Report on horse surra - Volume I
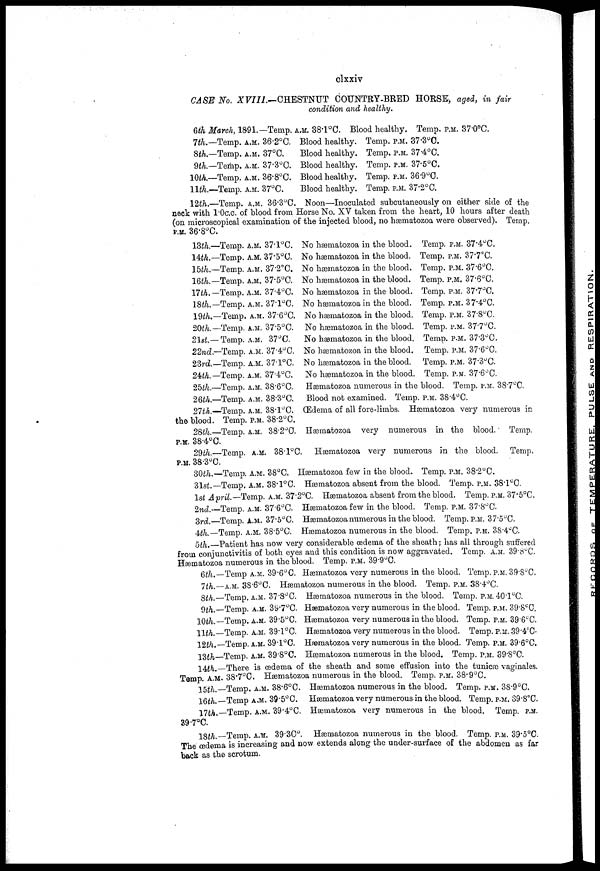
clxxiv
CASE No. XVIII.—CHESTNUT COUNTRY-BRED HORSE, aged, in fair
condition and healthy.
6th March, 1891.— Temp. A.M. 38.1°C. Blood healthy. Temp. P.M. 37.0°C.
7th.—Temp. A.M. 36.2°C. Blood healthy. Temp. P.M. 37.3°C.
8th.—Temp. A.M. 37°C.
Blood healthy. Temp. P.M. 37.4°C.
9th.—Temp. A.M. 37.3°C. Blood healthy. Temp. P.M. 37.5°C.
10th.—Temp. A.M. 36.8°C. Blood healthy. Temp. P.M. 36.9°C.
11th.—Temp. A.M. 37°C.
Blood healthy. Temp. P.M. 37.2°C.
12th.—Temp. A.M. 36.3°C. Noon—Inoculated subcutaneously on either side of the
neck with 1.0c.c. of blood from Horse No. XV taken from the heart, 10 hours after death
(on microscopical examination of the injected blood, no hæmatozoa were observed). Temp.
p.m. 36.8°C.
13th.—Temp. A.M. 37.1°C. No hæmatozoa in the blood. Temp. P.M. 37.4°C.
14th.—Temp. A.M. 37.5°C. No hæmatozoa in the blood. Temp. P.M. 37.7°C.
15th.—Temp. A.M. 37.2°C. No hæmatozoa in the blood. Temp. P.M. 37.6°C.
16th.— Temp. A.M. 37.5°C. No hæmatozoa in the blood. Temp. P.M. 37.6°C.
17th.— Temp. A.M. 37.4°C. No hæmatozoa in the blood. Temp. P.M. 37.7°C.
18th.— Temp. A.M. 37.1°C. No hæmatozoa in the blood. Temp. P.M. 37.4°C.
19th.—Temp. A.M. 37.6°C. No hæmatozoa in the blood. Temp. P.M. 37.8°C.
20th.— Temp. A.M. 37.5°C. No hæmatozoa in the blood. Temp. P.M. 37.7°C.
21st— Temp. A.M. 37°C. No hæmatozoa in the blood. Temp. P.M. 37.3°C.
22nd.—Temp. A.M. 37.4°C. No hæmatozoa in the blood. Temp. P.M. 37.6°C.
23rd—-Temp. A.M. 37.1°C. No hæmatozoa in the blood. Temp. P.M. 37.3°C.
2th.— Temp. A.M. 37.4°C. No hæmatozoa in the blood. Temp. P.M. 37.6°C.
25th.—Temp. A.M. 38.6°C. Hæmatozoa numerous in the blood. Temp. P.M. 38.7°C.
26th.—Temp. A.M. 38.3°C. Blood not examined. Temp. P.M. 38.4°C.
27th.-Temp, A.M. 38.1°C. (Edema of all fore-limbs. Hæmatozoa very numerous in-
the blood. Temp. p.m. 38.2°C.
28th.—Temp. A.M. 38.2°0. Hæmatozoa very numerous in the blood. Temp.
p.m. 38.4°C.
29th.—Temp. A.M. 38.°C. Hæmatozoa very numerous in the blood. Temp.
p.m. 38.3°C.
30th.-Temp. A.M. 38°C. Hæmatozoa few in the blood. Temp. P.M. 38.2°C.
31st.— Temp. A.M. 38.1°C. Hæmatozoa absent from the blood. Temp. P.M. 38.1°C.
1st April.— Temp. A.M. 37.2°C. Hæmatozoa absent from the blood. Temp. P.M. 37.5°C.
2nd.—Temp. A.M. 37.6°C. Hæmatozoa few in the blood. Temp. P.M. 37.8°C
3rd—Temp. A.M. 37.5°C. Hæmatozoa numerous in the blood. Temp. P.M. 37.5°C.
4th.—Temp. A.M. 38.5°C. Hæmatozoa numerous in the blood. Temp. P.M. 38.4°C.
5th.—Patient has now very considerable œdema of the sheath ; has all through suffered
from conjunctivitis of both eyes and this condition is now aggravated. Temp. A.M. 39.8°C.
Hæmatozoa numerous in the blood. Temp. p.m. 39.9°C.
6th.—Temp A.M. 39.6°C, Hæmatozoa very numerous in the blood. Temp. p.m. 39.8°C.
7th.—A.M. 38.6°C. Hæmatozoa numerous in the blood. Temp. P.M. 38.4°C.
8th—Temp. A.M. 37.8°C. Hæmatozoa numerous in the blood. Temp. P.M. 40.1°C.
9th—-Temp. A.M. 39.7°C. Hæmatozoa very numerous in the blood. Temp. P.M. 39.8°C.
10th,— Temp. A.M. 39.5°C. Hæmatozoa very numerous in the blood. Temp. P.M. 39.6°C.
11th.—Temp. A.M. 39.1°C. Hæmatozoa very numerous in the blood. Temp. P.M. 39.4°C-
12th,— Temp. A.M. 39.l°C. Hæmatozoa very numerous in the blood. Temp. P.M. 39.6°C.
13th—Temp. A.M. 39.8°C. Hæmatozoa numerous in the blood. Temp. P.M. 89.8°C.
14th.—There is oedema of the sheath and some effusion into the tunicæ vaginales.
Temp. A.M. 38.7°C. Hæmatozoa numerous in the blood. Temp. P.M. 38.9°C.
15th.—Temp, A.M. 38.6°C. Hæmatozoa numerous in the blood. Temp. P.M. 38.9°C.
16th.—Temp A.M. 39.5°C. Hæmatozoa very numerous in the blood. Temp. P.M. 39.8°C.
17th.—Temp, A.M. 39.4°C. Hæmatozoa very numerous in the blood. Temp. P.M.
39.7°C.
18th.—Temp. A.M. 39.30°. Hæmatozoa numerous in the blood. Temp. P.M. 39.5°C.
The œdema is increasing and now extends along the under-surface of the abdomen as far
back as the scrotum.